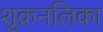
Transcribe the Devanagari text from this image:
शुक्रनलिका